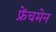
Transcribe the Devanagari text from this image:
फ्रेंचमेन